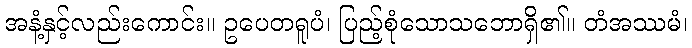
အနံ့နှင့်လည်းကောင်း။ ဥပေတရူပံ၊ ပြည့်စုံသောသဘောရှိ၏။ တံအဿမံ၊